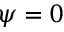
\psi = 0